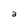
Character: a